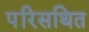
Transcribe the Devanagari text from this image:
परिसथित